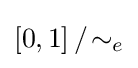
[0,1]\,/\!\sim _{e}